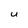
Character: U